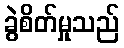
ခွဲစိတ်မှုသည်